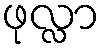
ဖုလ္လာ